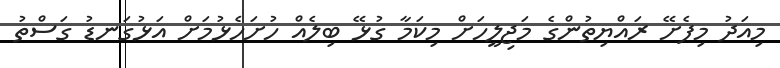
މިއަދު މިފެށޭ ރައްޔިތުންގެ މަޖިލީހަށް މިކަމާ ގުޅޭ ބިލެއް ހުށަހެޅުމަށް އަޅުގަނޑު ގަސްތު